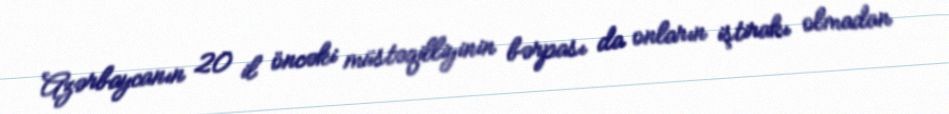
Azərbaycanın 20 il öncəki müstəqilliyinin bərpası da onların iştirakı olmadan